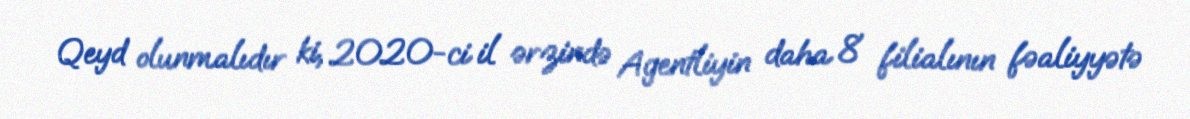
Qeyd olunmalıdır ki, 2020-ci il ərzində Agentliyin daha 8 filialının fəaliyyətə